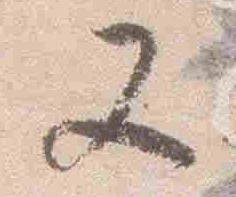
又